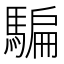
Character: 騙